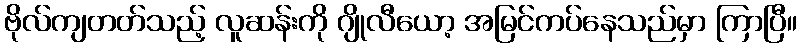
ဗိုလ်ကျတတ်သည့် လူဆန်းကို ဂျိုလီယော့ အမြင်ကပ်နေသည်မှာ ကြာပြီ။